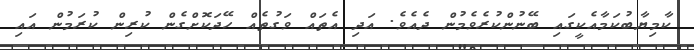
ކާމިޔާބުކަމާއެކީގައި ބޭނުންކުރެވެމުން ދެއެވެ. އަދި އެތައް ވަގުތެއް ހޭދަކޮށްގެން ކުރިން ކުރަމުން އައި